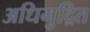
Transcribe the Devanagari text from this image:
अधिमुद्रित